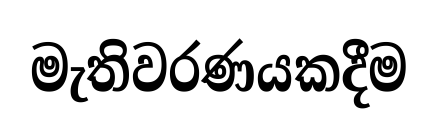
මැතිවරණයකදීම